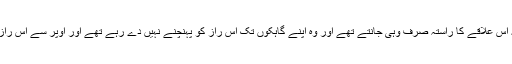
کئی صدیوں تک یورپ میں بیچنے اور اس سے بے شمار دولت کمانے والے صرف عرب تاجر تھے کیونکہ اس علاقے کا راستہ صرف وہی جانتے تھے اور وہ اپنے گاہکوں تک اس راز کو پہنچنے نہیں دے رہے تھے اور اوپر سے اس راز کو محفوظ رکھنے میں یورپی لوگوں کی بے بنیاد کہاوتیں بھی ان تاجروں کیلیے مدد گار ثابت ہو رہی تھیں۔